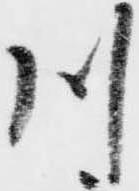
川